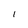
Character: l